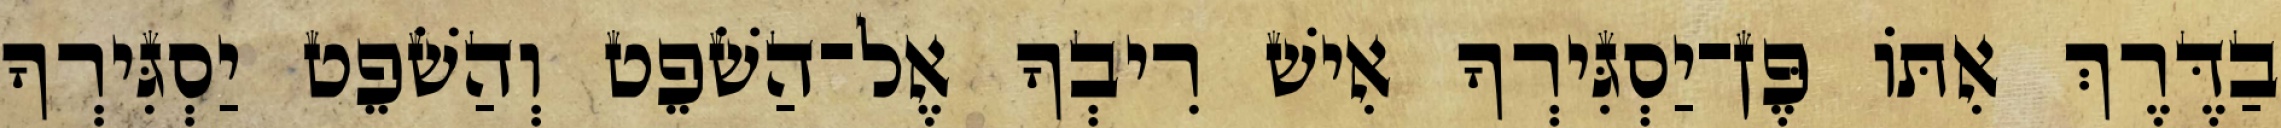
בַדֶּרֶךְ אִתּוֹ פֶּן־יַסְגִּירְךָ אִישׁ רִיבְךָ אֶל־הַשֹׁפֵט וְהַשֹׁפֵט יַסְגִּירְךָ